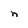
Character: n